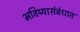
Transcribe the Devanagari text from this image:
भविष्यासंबंधात